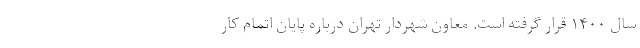
سال ۱۴۰۰ قرار گرفته است. معاون شهردار تهران درباره پایان اتمام کار